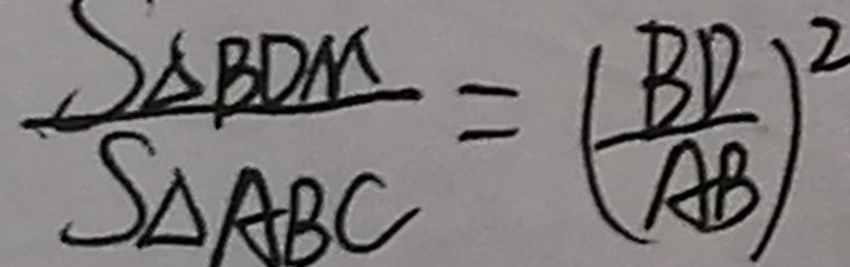
\frac { S _ { \Delta B D M } } { S _ { \Delta A B C } } = ( \frac { B D } { A B } ) ^ { 2 }